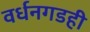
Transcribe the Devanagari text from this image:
वर्धनगडही